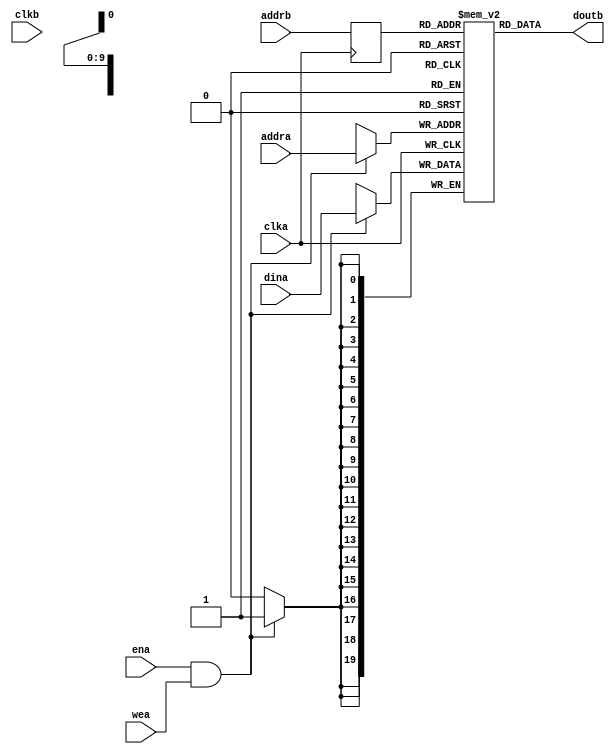
module ic_tag_blk_cm2(
	clka,
	ena,
	wea,
	addra,
	dina,
	clkb,
	addrb,
	doutb);


input clka;
input ena;
input [0 : 0] wea;
input [9 : 0] addra;
input [19 : 0] dina;
input clkb;
input [9 : 0] addrb;
output [19 : 0] doutb;

`ifdef BLK_MEM_GEN

// synthesis translate_off

      BLK_MEM_GEN_V3_1 #(
		.C_ADDRA_WIDTH(10),
		.C_ADDRB_WIDTH(10),
		.C_ALGORITHM(1),
		.C_BYTE_SIZE(9),
		.C_COMMON_CLK(0),
		.C_DEFAULT_DATA("0"),
		.C_DISABLE_WARN_BHV_COLL(0),
		.C_DISABLE_WARN_BHV_RANGE(0),
		.C_FAMILY("virtex5"),
		.C_HAS_ENA(1),
		.C_HAS_ENB(0),
		.C_HAS_INJECTERR(0),
		.C_HAS_MEM_OUTPUT_REGS_A(0),
		.C_HAS_MEM_OUTPUT_REGS_B(0),
		.C_HAS_MUX_OUTPUT_REGS_A(0),
		.C_HAS_MUX_OUTPUT_REGS_B(0),
		.C_HAS_REGCEA(0),
		.C_HAS_REGCEB(0),
		.C_HAS_RSTA(0),
		.C_HAS_RSTB(0),
		.C_INITA_VAL("0"),
		.C_INITB_VAL("0"),
		.C_INIT_FILE_NAME("no_coe_file_loaded"),
		.C_LOAD_INIT_FILE(0),
		.C_MEM_TYPE(1),
		.C_MUX_PIPELINE_STAGES(0),
		.C_PRIM_TYPE(1),
		.C_READ_DEPTH_A(1024),
		.C_READ_DEPTH_B(1024),
		.C_READ_WIDTH_A(20),
		.C_READ_WIDTH_B(20),
		.C_RSTRAM_A(0),
		.C_RSTRAM_B(0),
		.C_RST_PRIORITY_A("CE"),
		.C_RST_PRIORITY_B("CE"),
		.C_RST_TYPE("SYNC"),
		.C_SIM_COLLISION_CHECK("ALL"),
		.C_USE_BYTE_WEA(0),
		.C_USE_BYTE_WEB(0),
		.C_USE_DEFAULT_DATA(0),
		.C_USE_ECC(0),
		.C_WEA_WIDTH(1),
		.C_WEB_WIDTH(1),
		.C_WRITE_DEPTH_A(1024),
		.C_WRITE_DEPTH_B(1024),
		.C_WRITE_MODE_A("READ_FIRST"),
		.C_WRITE_MODE_B("READ_FIRST"),
		.C_WRITE_WIDTH_A(20),
		.C_WRITE_WIDTH_B(20),
		.C_XDEVICEFAMILY("virtex5"))
	inst (
		.CLKA(clka),
		.ENA(ena),
		.WEA(wea),
		.ADDRA(addra),
		.DINA(dina),
		.CLKB(clkb),
		.ADDRB(addrb),
		.DOUTB(doutb),
		.RSTA(),
		.REGCEA(),
		.DOUTA(),
		.RSTB(),
		.ENB(),
		.REGCEB(),
		.WEB(),
		.DINB(),
		.INJECTSBITERR(),
		.INJECTDBITERR(),
		.SBITERR(),
		.DBITERR(),
		.RDADDRECC());


// synthesis translate_on

`else

reg	[9:0]	addrb_reg;		// RAM address register

always @(posedge clka)
		addrb_reg <= #1 addrb;


//
// Generic RAM's registers and wires
//
reg	[19:0]	mem [(1<<10)-1:0];	// RAM content

//
// Data output drivers
//
assign doutb = mem[addrb_reg];

//
// RAM write
//
always @(posedge clka)
	if (ena && wea)
		mem[addra] <= #1 dina;

`endif


endmodule